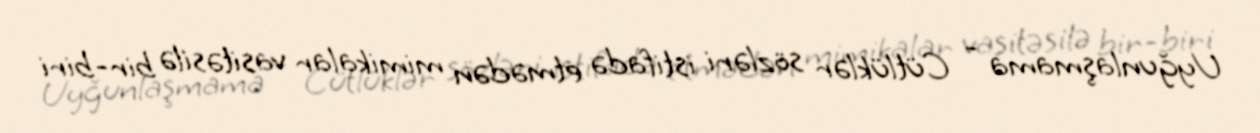
Uyğunlaşmama - Cütlüklər sözləri istifadə etmədən mimikalar vasitəsilə bir-biri